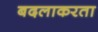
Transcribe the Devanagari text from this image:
बदलाकरता